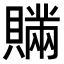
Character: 𧸕